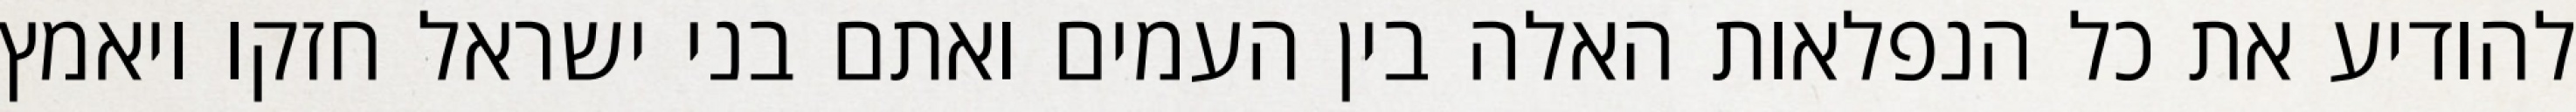
להודיע את כל הנפלאות האלה בין העמים ואתם בני ישראל חזקו ויאמץ